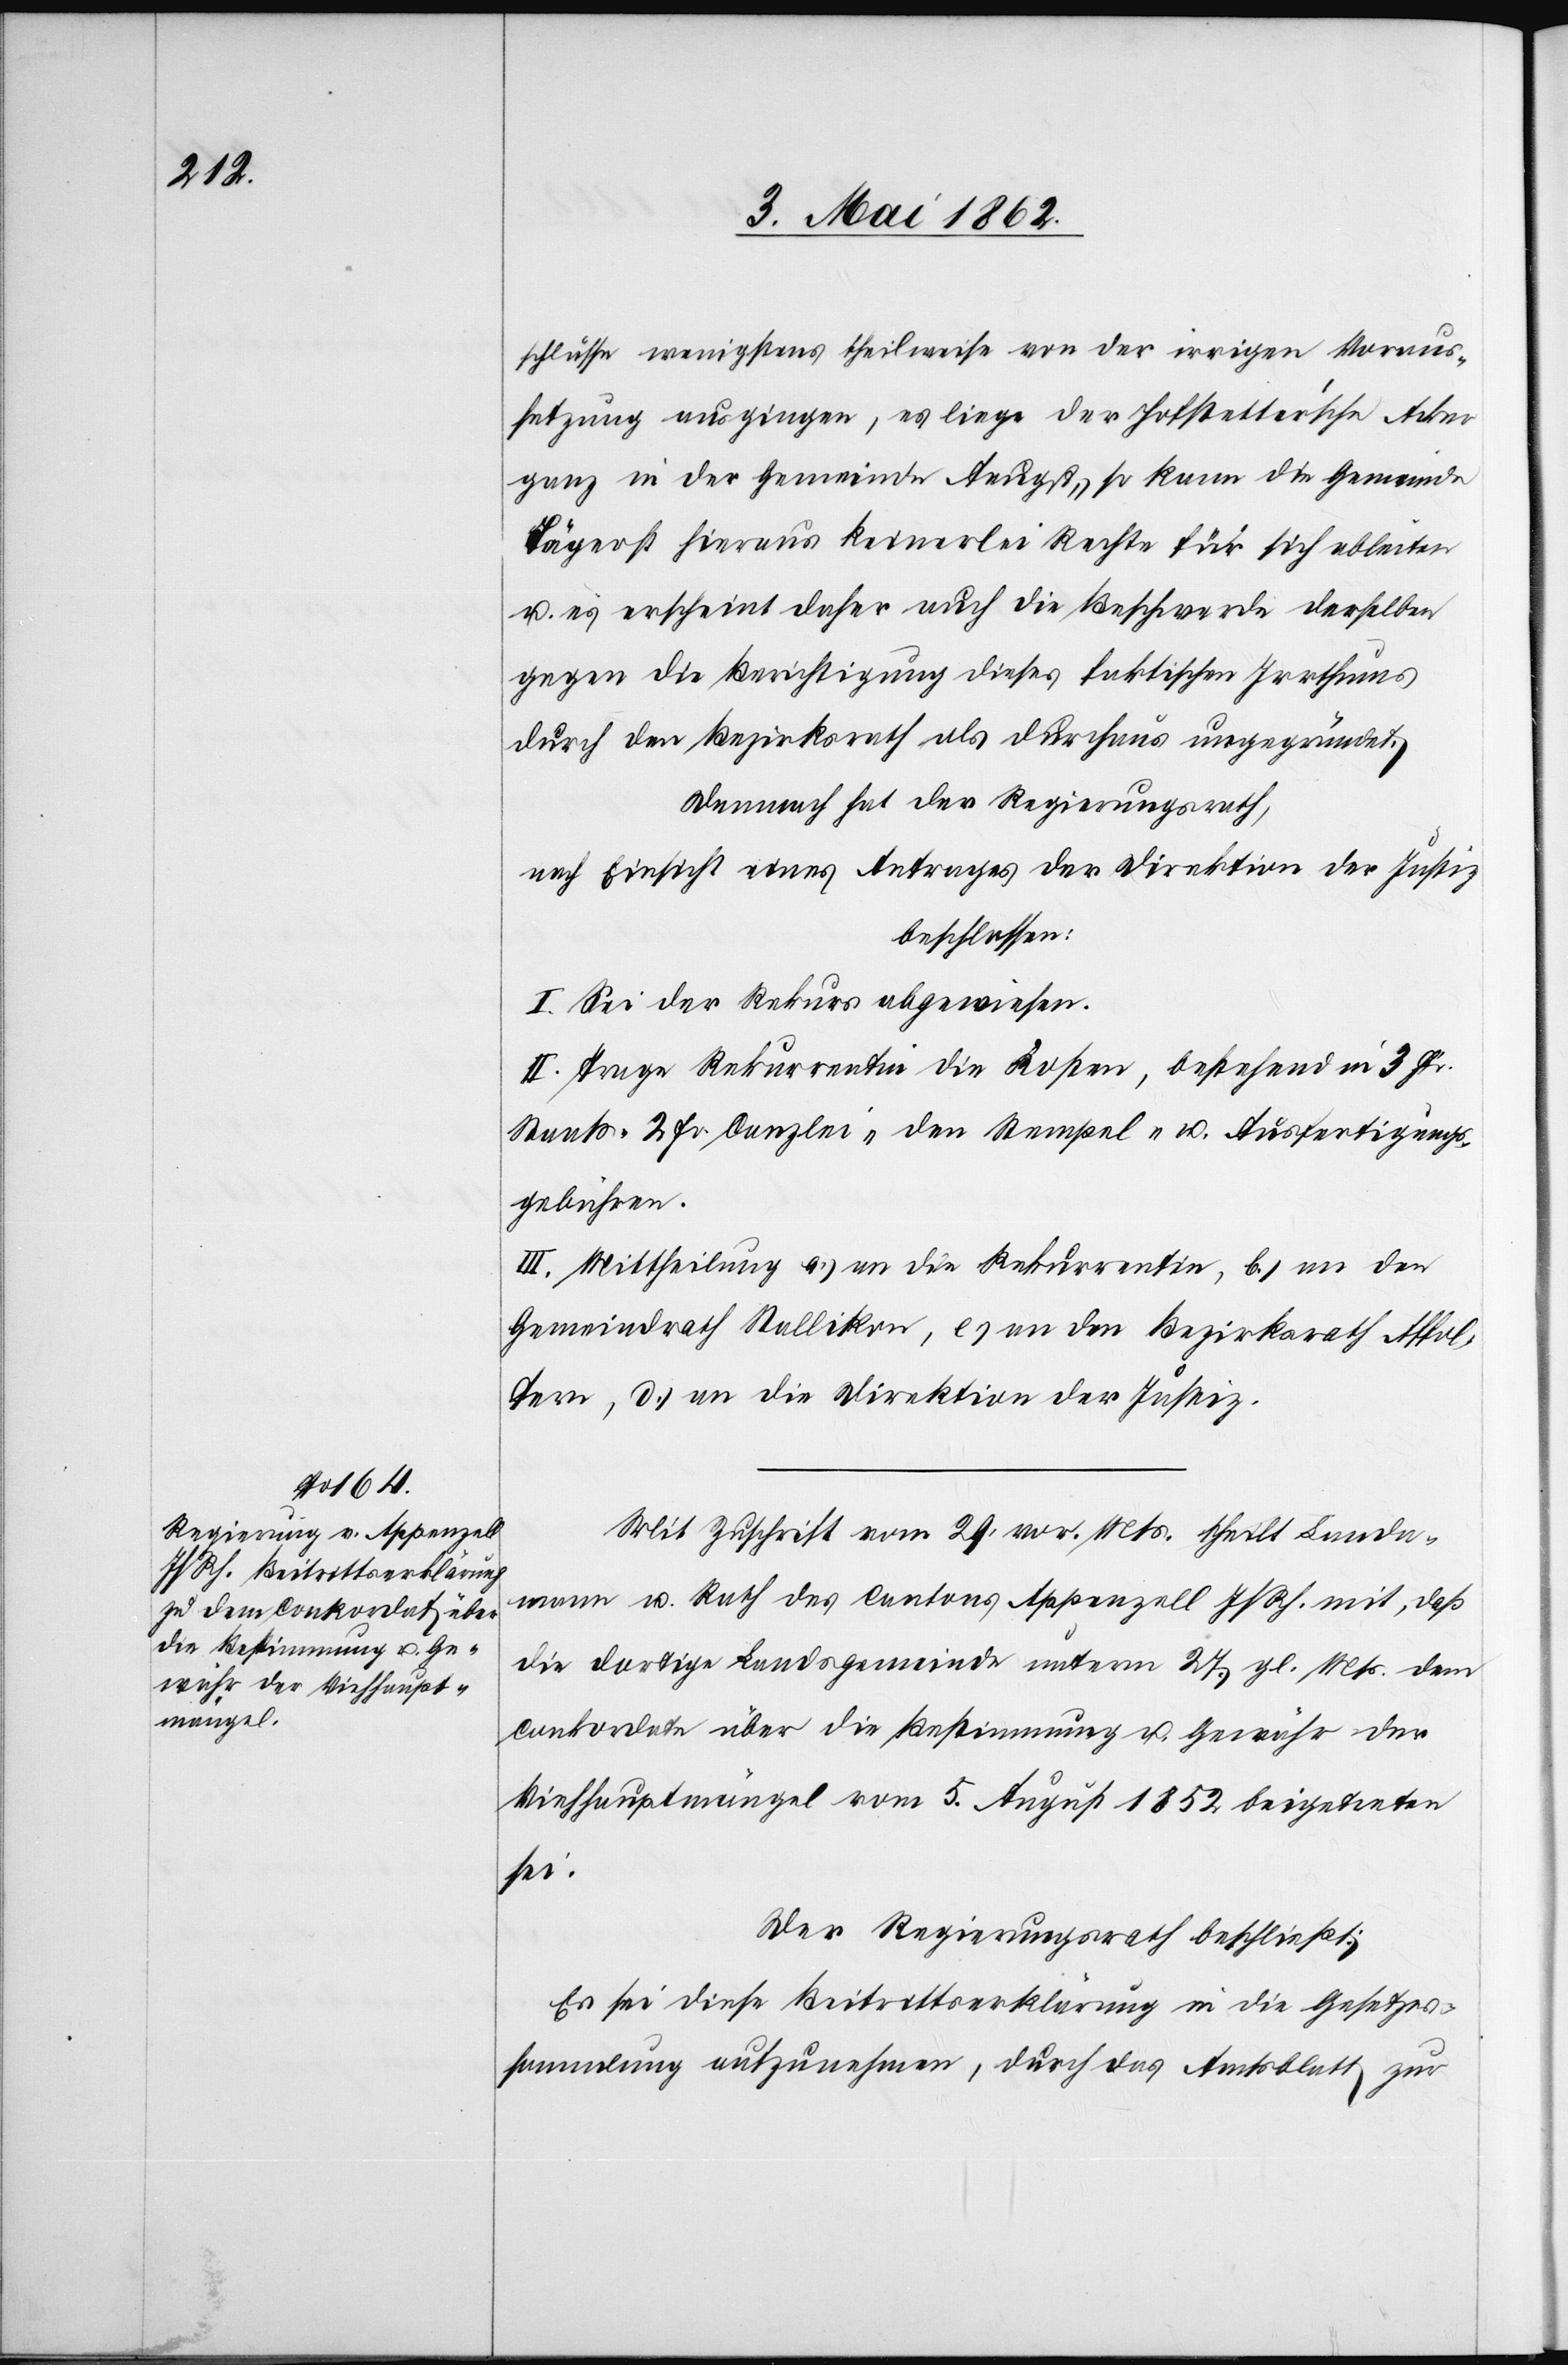
schlüsse wenigstens theilweise von der irrigen Voraus¬
setzung ausgingen, es liege der Hofstetter’sche Acker
ganz in der Gemeinde Aeugst, so kann die Gemeinde
Tägerst hieraus keinerlei Rechte für sich ableiten
u. es erscheint daher auch die Beschwerde derselben
gegen die Berichtigung dieses faktischen Irrthums
durch den Bezirksrath als durchaus ungegründet.
Demnach hat der Regierungsrath,
nach Einsicht eines Antrages der Direktion der Justiz
beschlossen:
I. Sei der Rekurs abgewiesen.
II. Trage Rekurrentin die Kosten, bestehend in 3 Fr.
Staats-[,] 2 Fr. Canzlei-[,] den Stempel- u. Ausfertigungs¬
gebühren.
III. Mittheilung a) an die Rekurrentin, b) an den
Gemeindrath Stallikon, c) an den Bezirksrath Affol¬
tern, d) an die Direktion der Justiz.
Mit Zuschrift vom 29. vor. Mts. theilt Landa¬
mann u. Rath des Cantons Appenzell I/Rh. mit, daß
die dortige Landsgemeinde unterm 27. gl. Mts. dem
Conkordate über die Bestimmung u. Gewähr der
Viehhauptmängel vom 5. August 1852 beigetreten
sei.
Der Regierungsrath beschließt:
Es sei diese Beitrittserklärung in die Gesetzes¬
sammlung aufzunehmen, durch das Amtsblatt zur